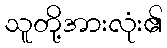
သူတို့အားလုံး၏